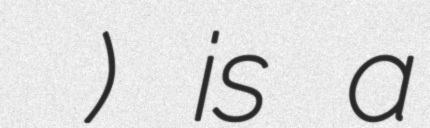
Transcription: и упрёка) is a